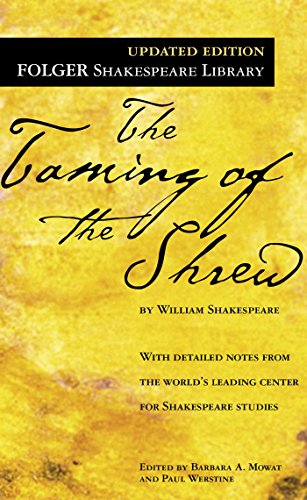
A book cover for The Taming of the Shrew (Folger Shakespeare Library); William Shakespeare; Literature & Fiction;